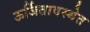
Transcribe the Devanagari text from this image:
ऊर्जितावस्थेत